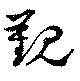
覲